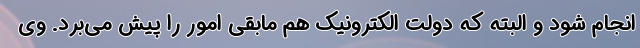
انجام شود و البته که دولت الکترونیک هم مابقی امور را پیش می‌برد. وی